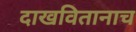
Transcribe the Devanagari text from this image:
दाखवितानाच